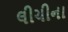
લીચીના